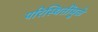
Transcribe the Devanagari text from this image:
परिस्थितींमुळे